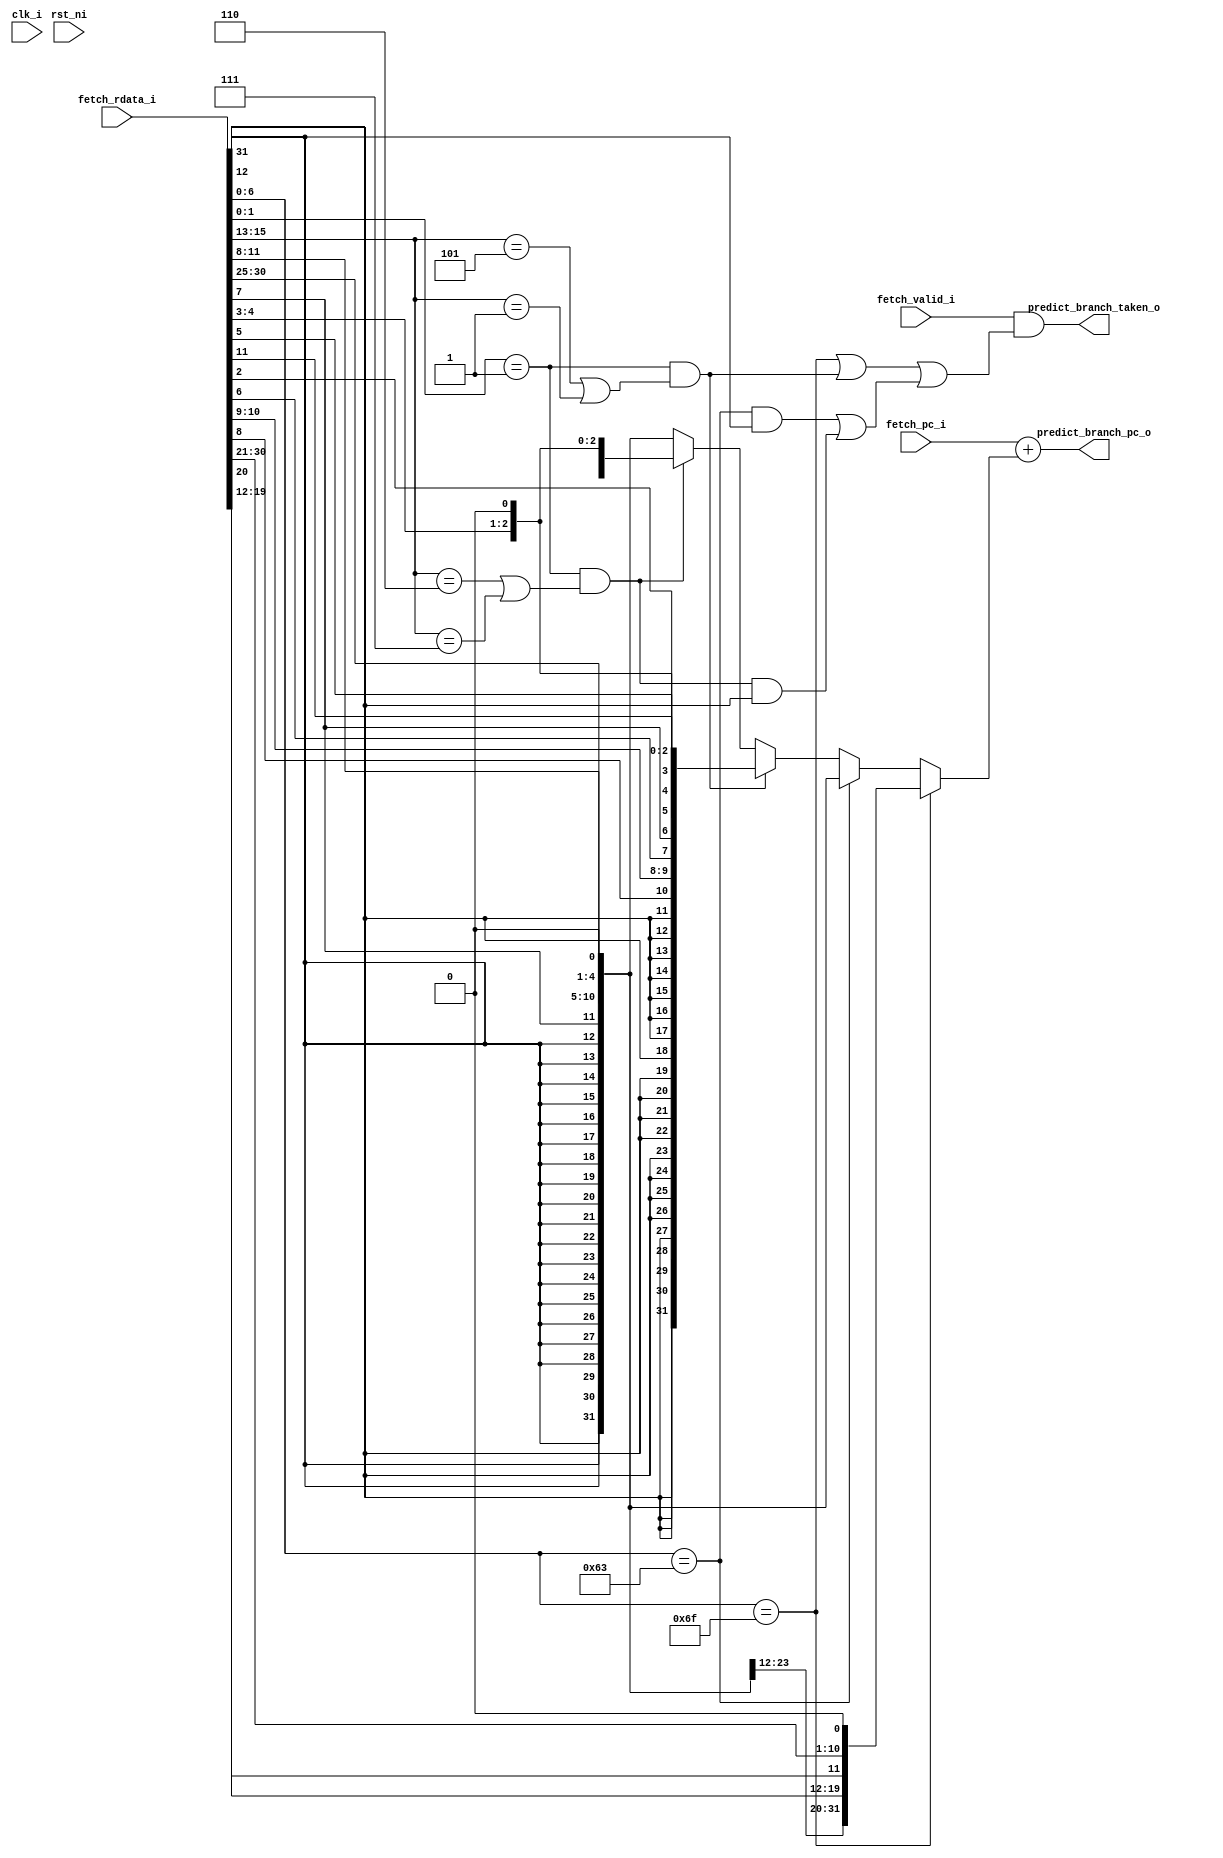
module ibex_branch_predict (
	clk_i,
	rst_ni,
	fetch_rdata_i,
	fetch_pc_i,
	fetch_valid_i,
	predict_branch_taken_o,
	predict_branch_pc_o
);
	input wire clk_i;
	input wire rst_ni;
	input wire [31:0] fetch_rdata_i;
	input wire [31:0] fetch_pc_i;
	input wire fetch_valid_i;
	output wire predict_branch_taken_o;
	output wire [31:0] predict_branch_pc_o;
	localparam integer RegFileFF = 0;
	localparam integer RegFileFPGA = 1;
	localparam integer RegFileLatch = 2;
	localparam integer RV32MNone = 0;
	localparam integer RV32MSlow = 1;
	localparam integer RV32MFast = 2;
	localparam integer RV32MSingleCycle = 3;
	localparam integer RV32BNone = 0;
	localparam integer RV32BBalanced = 1;
	localparam integer RV32BFull = 2;
	localparam [6:0] OPCODE_LOAD = 7'h03;
	localparam [6:0] OPCODE_MISC_MEM = 7'h0f;
	localparam [6:0] OPCODE_OP_IMM = 7'h13;
	localparam [6:0] OPCODE_AUIPC = 7'h17;
	localparam [6:0] OPCODE_STORE = 7'h23;
	localparam [6:0] OPCODE_OP = 7'h33;
	localparam [6:0] OPCODE_LUI = 7'h37;
	localparam [6:0] OPCODE_BRANCH = 7'h63;
	localparam [6:0] OPCODE_JALR = 7'h67;
	localparam [6:0] OPCODE_JAL = 7'h6f;
	localparam [6:0] OPCODE_SYSTEM = 7'h73;
	localparam [5:0] ALU_ADD = 0;
	localparam [5:0] ALU_SUB = 1;
	localparam [5:0] ALU_XOR = 2;
	localparam [5:0] ALU_OR = 3;
	localparam [5:0] ALU_AND = 4;
	localparam [5:0] ALU_XNOR = 5;
	localparam [5:0] ALU_ORN = 6;
	localparam [5:0] ALU_ANDN = 7;
	localparam [5:0] ALU_SRA = 8;
	localparam [5:0] ALU_SRL = 9;
	localparam [5:0] ALU_SLL = 10;
	localparam [5:0] ALU_SRO = 11;
	localparam [5:0] ALU_SLO = 12;
	localparam [5:0] ALU_ROR = 13;
	localparam [5:0] ALU_ROL = 14;
	localparam [5:0] ALU_GREV = 15;
	localparam [5:0] ALU_GORC = 16;
	localparam [5:0] ALU_SHFL = 17;
	localparam [5:0] ALU_UNSHFL = 18;
	localparam [5:0] ALU_LT = 19;
	localparam [5:0] ALU_LTU = 20;
	localparam [5:0] ALU_GE = 21;
	localparam [5:0] ALU_GEU = 22;
	localparam [5:0] ALU_EQ = 23;
	localparam [5:0] ALU_NE = 24;
	localparam [5:0] ALU_MIN = 25;
	localparam [5:0] ALU_MINU = 26;
	localparam [5:0] ALU_MAX = 27;
	localparam [5:0] ALU_MAXU = 28;
	localparam [5:0] ALU_PACK = 29;
	localparam [5:0] ALU_PACKU = 30;
	localparam [5:0] ALU_PACKH = 31;
	localparam [5:0] ALU_SEXTB = 32;
	localparam [5:0] ALU_SEXTH = 33;
	localparam [5:0] ALU_CLZ = 34;
	localparam [5:0] ALU_CTZ = 35;
	localparam [5:0] ALU_PCNT = 36;
	localparam [5:0] ALU_SLT = 37;
	localparam [5:0] ALU_SLTU = 38;
	localparam [5:0] ALU_CMOV = 39;
	localparam [5:0] ALU_CMIX = 40;
	localparam [5:0] ALU_FSL = 41;
	localparam [5:0] ALU_FSR = 42;
	localparam [5:0] ALU_SBSET = 43;
	localparam [5:0] ALU_SBCLR = 44;
	localparam [5:0] ALU_SBINV = 45;
	localparam [5:0] ALU_SBEXT = 46;
	localparam [5:0] ALU_BEXT = 47;
	localparam [5:0] ALU_BDEP = 48;
	localparam [5:0] ALU_BFP = 49;
	localparam [5:0] ALU_CLMUL = 50;
	localparam [5:0] ALU_CLMULR = 51;
	localparam [5:0] ALU_CLMULH = 52;
	localparam [5:0] ALU_CRC32_B = 53;
	localparam [5:0] ALU_CRC32C_B = 54;
	localparam [5:0] ALU_CRC32_H = 55;
	localparam [5:0] ALU_CRC32C_H = 56;
	localparam [5:0] ALU_CRC32_W = 57;
	localparam [5:0] ALU_CRC32C_W = 58;
	localparam [1:0] MD_OP_MULL = 0;
	localparam [1:0] MD_OP_MULH = 1;
	localparam [1:0] MD_OP_DIV = 2;
	localparam [1:0] MD_OP_REM = 3;
	localparam [1:0] CSR_OP_READ = 0;
	localparam [1:0] CSR_OP_WRITE = 1;
	localparam [1:0] CSR_OP_SET = 2;
	localparam [1:0] CSR_OP_CLEAR = 3;
	localparam [1:0] PRIV_LVL_M = 2'b11;
	localparam [1:0] PRIV_LVL_H = 2'b10;
	localparam [1:0] PRIV_LVL_S = 2'b01;
	localparam [1:0] PRIV_LVL_U = 2'b00;
	localparam [3:0] XDEBUGVER_NO = 4'd0;
	localparam [3:0] XDEBUGVER_STD = 4'd4;
	localparam [3:0] XDEBUGVER_NONSTD = 4'd15;
	localparam [1:0] WB_INSTR_LOAD = 0;
	localparam [1:0] WB_INSTR_STORE = 1;
	localparam [1:0] WB_INSTR_OTHER = 2;
	localparam [1:0] OP_A_REG_A = 0;
	localparam [1:0] OP_A_FWD = 1;
	localparam [1:0] OP_A_CURRPC = 2;
	localparam [1:0] OP_A_IMM = 3;
	localparam [0:0] IMM_A_Z = 0;
	localparam [0:0] IMM_A_ZERO = 1;
	localparam [0:0] OP_B_REG_B = 0;
	localparam [0:0] OP_B_IMM = 1;
	localparam [2:0] IMM_B_I = 0;
	localparam [2:0] IMM_B_S = 1;
	localparam [2:0] IMM_B_B = 2;
	localparam [2:0] IMM_B_U = 3;
	localparam [2:0] IMM_B_J = 4;
	localparam [2:0] IMM_B_INCR_PC = 5;
	localparam [2:0] IMM_B_INCR_ADDR = 6;
	localparam [0:0] RF_WD_EX = 0;
	localparam [0:0] RF_WD_CSR = 1;
	localparam [2:0] PC_BOOT = 0;
	localparam [2:0] PC_JUMP = 1;
	localparam [2:0] PC_EXC = 2;
	localparam [2:0] PC_ERET = 3;
	localparam [2:0] PC_DRET = 4;
	localparam [2:0] PC_BP = 5;
	localparam [1:0] EXC_PC_EXC = 0;
	localparam [1:0] EXC_PC_IRQ = 1;
	localparam [1:0] EXC_PC_DBD = 2;
	localparam [1:0] EXC_PC_DBG_EXC = 3;
	localparam [5:0] EXC_CAUSE_IRQ_SOFTWARE_M = {1'b1, 5'd3};
	localparam [5:0] EXC_CAUSE_IRQ_TIMER_M = {1'b1, 5'd7};
	localparam [5:0] EXC_CAUSE_IRQ_EXTERNAL_M = {1'b1, 5'd11};
	localparam [5:0] EXC_CAUSE_IRQ_NM = {1'b1, 5'd31};
	localparam [5:0] EXC_CAUSE_INSN_ADDR_MISA = {1'b0, 5'd0};
	localparam [5:0] EXC_CAUSE_INSTR_ACCESS_FAULT = {1'b0, 5'd1};
	localparam [5:0] EXC_CAUSE_ILLEGAL_INSN = {1'b0, 5'd2};
	localparam [5:0] EXC_CAUSE_BREAKPOINT = {1'b0, 5'd3};
	localparam [5:0] EXC_CAUSE_LOAD_ACCESS_FAULT = {1'b0, 5'd5};
	localparam [5:0] EXC_CAUSE_STORE_ACCESS_FAULT = {1'b0, 5'd7};
	localparam [5:0] EXC_CAUSE_ECALL_UMODE = {1'b0, 5'd8};
	localparam [5:0] EXC_CAUSE_ECALL_MMODE = {1'b0, 5'd11};
	localparam [2:0] DBG_CAUSE_NONE = 3'h0;
	localparam [2:0] DBG_CAUSE_EBREAK = 3'h1;
	localparam [2:0] DBG_CAUSE_TRIGGER = 3'h2;
	localparam [2:0] DBG_CAUSE_HALTREQ = 3'h3;
	localparam [2:0] DBG_CAUSE_STEP = 3'h4;
	localparam [31:0] PMP_MAX_REGIONS = 16;
	localparam [31:0] PMP_CFG_W = 8;
	localparam [31:0] PMP_I = 0;
	localparam [31:0] PMP_D = 1;
	localparam [1:0] PMP_ACC_EXEC = 2'b00;
	localparam [1:0] PMP_ACC_WRITE = 2'b01;
	localparam [1:0] PMP_ACC_READ = 2'b10;
	localparam [1:0] PMP_MODE_OFF = 2'b00;
	localparam [1:0] PMP_MODE_TOR = 2'b01;
	localparam [1:0] PMP_MODE_NA4 = 2'b10;
	localparam [1:0] PMP_MODE_NAPOT = 2'b11;
	localparam [11:0] CSR_MHARTID = 12'hf14;
	localparam [11:0] CSR_MSTATUS = 12'h300;
	localparam [11:0] CSR_MISA = 12'h301;
	localparam [11:0] CSR_MIE = 12'h304;
	localparam [11:0] CSR_MTVEC = 12'h305;
	localparam [11:0] CSR_MSCRATCH = 12'h340;
	localparam [11:0] CSR_MEPC = 12'h341;
	localparam [11:0] CSR_MCAUSE = 12'h342;
	localparam [11:0] CSR_MTVAL = 12'h343;
	localparam [11:0] CSR_MIP = 12'h344;
	localparam [11:0] CSR_PMPCFG0 = 12'h3a0;
	localparam [11:0] CSR_PMPCFG1 = 12'h3a1;
	localparam [11:0] CSR_PMPCFG2 = 12'h3a2;
	localparam [11:0] CSR_PMPCFG3 = 12'h3a3;
	localparam [11:0] CSR_PMPADDR0 = 12'h3b0;
	localparam [11:0] CSR_PMPADDR1 = 12'h3b1;
	localparam [11:0] CSR_PMPADDR2 = 12'h3b2;
	localparam [11:0] CSR_PMPADDR3 = 12'h3b3;
	localparam [11:0] CSR_PMPADDR4 = 12'h3b4;
	localparam [11:0] CSR_PMPADDR5 = 12'h3b5;
	localparam [11:0] CSR_PMPADDR6 = 12'h3b6;
	localparam [11:0] CSR_PMPADDR7 = 12'h3b7;
	localparam [11:0] CSR_PMPADDR8 = 12'h3b8;
	localparam [11:0] CSR_PMPADDR9 = 12'h3b9;
	localparam [11:0] CSR_PMPADDR10 = 12'h3ba;
	localparam [11:0] CSR_PMPADDR11 = 12'h3bb;
	localparam [11:0] CSR_PMPADDR12 = 12'h3bc;
	localparam [11:0] CSR_PMPADDR13 = 12'h3bd;
	localparam [11:0] CSR_PMPADDR14 = 12'h3be;
	localparam [11:0] CSR_PMPADDR15 = 12'h3bf;
	localparam [11:0] CSR_TSELECT = 12'h7a0;
	localparam [11:0] CSR_TDATA1 = 12'h7a1;
	localparam [11:0] CSR_TDATA2 = 12'h7a2;
	localparam [11:0] CSR_TDATA3 = 12'h7a3;
	localparam [11:0] CSR_MCONTEXT = 12'h7a8;
	localparam [11:0] CSR_SCONTEXT = 12'h7aa;
	localparam [11:0] CSR_DCSR = 12'h7b0;
	localparam [11:0] CSR_DPC = 12'h7b1;
	localparam [11:0] CSR_DSCRATCH0 = 12'h7b2;
	localparam [11:0] CSR_DSCRATCH1 = 12'h7b3;
	localparam [11:0] CSR_MCOUNTINHIBIT = 12'h320;
	localparam [11:0] CSR_MHPMEVENT3 = 12'h323;
	localparam [11:0] CSR_MHPMEVENT4 = 12'h324;
	localparam [11:0] CSR_MHPMEVENT5 = 12'h325;
	localparam [11:0] CSR_MHPMEVENT6 = 12'h326;
	localparam [11:0] CSR_MHPMEVENT7 = 12'h327;
	localparam [11:0] CSR_MHPMEVENT8 = 12'h328;
	localparam [11:0] CSR_MHPMEVENT9 = 12'h329;
	localparam [11:0] CSR_MHPMEVENT10 = 12'h32a;
	localparam [11:0] CSR_MHPMEVENT11 = 12'h32b;
	localparam [11:0] CSR_MHPMEVENT12 = 12'h32c;
	localparam [11:0] CSR_MHPMEVENT13 = 12'h32d;
	localparam [11:0] CSR_MHPMEVENT14 = 12'h32e;
	localparam [11:0] CSR_MHPMEVENT15 = 12'h32f;
	localparam [11:0] CSR_MHPMEVENT16 = 12'h330;
	localparam [11:0] CSR_MHPMEVENT17 = 12'h331;
	localparam [11:0] CSR_MHPMEVENT18 = 12'h332;
	localparam [11:0] CSR_MHPMEVENT19 = 12'h333;
	localparam [11:0] CSR_MHPMEVENT20 = 12'h334;
	localparam [11:0] CSR_MHPMEVENT21 = 12'h335;
	localparam [11:0] CSR_MHPMEVENT22 = 12'h336;
	localparam [11:0] CSR_MHPMEVENT23 = 12'h337;
	localparam [11:0] CSR_MHPMEVENT24 = 12'h338;
	localparam [11:0] CSR_MHPMEVENT25 = 12'h339;
	localparam [11:0] CSR_MHPMEVENT26 = 12'h33a;
	localparam [11:0] CSR_MHPMEVENT27 = 12'h33b;
	localparam [11:0] CSR_MHPMEVENT28 = 12'h33c;
	localparam [11:0] CSR_MHPMEVENT29 = 12'h33d;
	localparam [11:0] CSR_MHPMEVENT30 = 12'h33e;
	localparam [11:0] CSR_MHPMEVENT31 = 12'h33f;
	localparam [11:0] CSR_MCYCLE = 12'hb00;
	localparam [11:0] CSR_MINSTRET = 12'hb02;
	localparam [11:0] CSR_MHPMCOUNTER3 = 12'hb03;
	localparam [11:0] CSR_MHPMCOUNTER4 = 12'hb04;
	localparam [11:0] CSR_MHPMCOUNTER5 = 12'hb05;
	localparam [11:0] CSR_MHPMCOUNTER6 = 12'hb06;
	localparam [11:0] CSR_MHPMCOUNTER7 = 12'hb07;
	localparam [11:0] CSR_MHPMCOUNTER8 = 12'hb08;
	localparam [11:0] CSR_MHPMCOUNTER9 = 12'hb09;
	localparam [11:0] CSR_MHPMCOUNTER10 = 12'hb0a;
	localparam [11:0] CSR_MHPMCOUNTER11 = 12'hb0b;
	localparam [11:0] CSR_MHPMCOUNTER12 = 12'hb0c;
	localparam [11:0] CSR_MHPMCOUNTER13 = 12'hb0d;
	localparam [11:0] CSR_MHPMCOUNTER14 = 12'hb0e;
	localparam [11:0] CSR_MHPMCOUNTER15 = 12'hb0f;
	localparam [11:0] CSR_MHPMCOUNTER16 = 12'hb10;
	localparam [11:0] CSR_MHPMCOUNTER17 = 12'hb11;
	localparam [11:0] CSR_MHPMCOUNTER18 = 12'hb12;
	localparam [11:0] CSR_MHPMCOUNTER19 = 12'hb13;
	localparam [11:0] CSR_MHPMCOUNTER20 = 12'hb14;
	localparam [11:0] CSR_MHPMCOUNTER21 = 12'hb15;
	localparam [11:0] CSR_MHPMCOUNTER22 = 12'hb16;
	localparam [11:0] CSR_MHPMCOUNTER23 = 12'hb17;
	localparam [11:0] CSR_MHPMCOUNTER24 = 12'hb18;
	localparam [11:0] CSR_MHPMCOUNTER25 = 12'hb19;
	localparam [11:0] CSR_MHPMCOUNTER26 = 12'hb1a;
	localparam [11:0] CSR_MHPMCOUNTER27 = 12'hb1b;
	localparam [11:0] CSR_MHPMCOUNTER28 = 12'hb1c;
	localparam [11:0] CSR_MHPMCOUNTER29 = 12'hb1d;
	localparam [11:0] CSR_MHPMCOUNTER30 = 12'hb1e;
	localparam [11:0] CSR_MHPMCOUNTER31 = 12'hb1f;
	localparam [11:0] CSR_MCYCLEH = 12'hb80;
	localparam [11:0] CSR_MINSTRETH = 12'hb82;
	localparam [11:0] CSR_MHPMCOUNTER3H = 12'hb83;
	localparam [11:0] CSR_MHPMCOUNTER4H = 12'hb84;
	localparam [11:0] CSR_MHPMCOUNTER5H = 12'hb85;
	localparam [11:0] CSR_MHPMCOUNTER6H = 12'hb86;
	localparam [11:0] CSR_MHPMCOUNTER7H = 12'hb87;
	localparam [11:0] CSR_MHPMCOUNTER8H = 12'hb88;
	localparam [11:0] CSR_MHPMCOUNTER9H = 12'hb89;
	localparam [11:0] CSR_MHPMCOUNTER10H = 12'hb8a;
	localparam [11:0] CSR_MHPMCOUNTER11H = 12'hb8b;
	localparam [11:0] CSR_MHPMCOUNTER12H = 12'hb8c;
	localparam [11:0] CSR_MHPMCOUNTER13H = 12'hb8d;
	localparam [11:0] CSR_MHPMCOUNTER14H = 12'hb8e;
	localparam [11:0] CSR_MHPMCOUNTER15H = 12'hb8f;
	localparam [11:0] CSR_MHPMCOUNTER16H = 12'hb90;
	localparam [11:0] CSR_MHPMCOUNTER17H = 12'hb91;
	localparam [11:0] CSR_MHPMCOUNTER18H = 12'hb92;
	localparam [11:0] CSR_MHPMCOUNTER19H = 12'hb93;
	localparam [11:0] CSR_MHPMCOUNTER20H = 12'hb94;
	localparam [11:0] CSR_MHPMCOUNTER21H = 12'hb95;
	localparam [11:0] CSR_MHPMCOUNTER22H = 12'hb96;
	localparam [11:0] CSR_MHPMCOUNTER23H = 12'hb97;
	localparam [11:0] CSR_MHPMCOUNTER24H = 12'hb98;
	localparam [11:0] CSR_MHPMCOUNTER25H = 12'hb99;
	localparam [11:0] CSR_MHPMCOUNTER26H = 12'hb9a;
	localparam [11:0] CSR_MHPMCOUNTER27H = 12'hb9b;
	localparam [11:0] CSR_MHPMCOUNTER28H = 12'hb9c;
	localparam [11:0] CSR_MHPMCOUNTER29H = 12'hb9d;
	localparam [11:0] CSR_MHPMCOUNTER30H = 12'hb9e;
	localparam [11:0] CSR_MHPMCOUNTER31H = 12'hb9f;
	localparam [11:0] CSR_CPUCTRL = 12'h7c0;
	localparam [11:0] CSR_SECURESEED = 12'h7c1;
	localparam [11:0] CSR_OFF_PMP_CFG = 12'h3a0;
	localparam [11:0] CSR_OFF_PMP_ADDR = 12'h3b0;
	localparam [31:0] CSR_MSTATUS_MIE_BIT = 3;
	localparam [31:0] CSR_MSTATUS_MPIE_BIT = 7;
	localparam [31:0] CSR_MSTATUS_MPP_BIT_LOW = 11;
	localparam [31:0] CSR_MSTATUS_MPP_BIT_HIGH = 12;
	localparam [31:0] CSR_MSTATUS_MPRV_BIT = 17;
	localparam [31:0] CSR_MSTATUS_TW_BIT = 21;
	localparam [1:0] CSR_MISA_MXL = 2'd1;
	localparam [31:0] CSR_MSIX_BIT = 3;
	localparam [31:0] CSR_MTIX_BIT = 7;
	localparam [31:0] CSR_MEIX_BIT = 11;
	localparam [31:0] CSR_MFIX_BIT_LOW = 16;
	localparam [31:0] CSR_MFIX_BIT_HIGH = 30;
	wire [31:0] imm_j_type;
	wire [31:0] imm_b_type;
	wire [31:0] imm_cj_type;
	wire [31:0] imm_cb_type;
	reg [31:0] branch_imm;
	wire [31:0] instr;
	wire instr_j;
	wire instr_b;
	wire instr_cj;
	wire instr_cb;
	wire instr_b_taken;
	assign instr = fetch_rdata_i;
	assign imm_j_type = {{12 {instr[31]}}, instr[19:12], instr[20], instr[30:21], 1'b0};
	assign imm_b_type = {{19 {instr[31]}}, instr[31], instr[7], instr[30:25], instr[11:8], 1'b0};
	assign imm_cj_type = {{20 {instr[12]}}, instr[12], instr[8], instr[10:9], instr[6], instr[7], instr[2], instr[11], instr[5:3], 1'b0};
	assign imm_cb_type = {{23 {instr[12]}}, instr[12], instr[6:5], instr[2], instr[11:10], instr[4:3], 1'b0};
	function automatic [6:0] sv2v_cast_7;
		input reg [6:0] inp;
		sv2v_cast_7 = inp;
	endfunction
	assign instr_b = sv2v_cast_7(instr[6:0]) == OPCODE_BRANCH;
	assign instr_j = sv2v_cast_7(instr[6:0]) == OPCODE_JAL;
	assign instr_cb = (instr[1:0] == 2'b01) & ((instr[15:13] == 3'b110) | (instr[15:13] == 3'b111));
	assign instr_cj = (instr[1:0] == 2'b01) & ((instr[15:13] == 3'b101) | (instr[15:13] == 3'b001));
	always @(*) begin
		branch_imm = imm_b_type;
		case (1'b1)
			instr_j: branch_imm = imm_j_type;
			instr_b: branch_imm = imm_b_type;
			instr_cj: branch_imm = imm_cj_type;
			instr_cb: branch_imm = imm_cb_type;
			default:
				;
		endcase
	end
	assign instr_b_taken = (instr_b & imm_b_type[31]) | (instr_cb & imm_cb_type[31]);
	assign predict_branch_taken_o = fetch_valid_i & ((instr_j | instr_cj) | instr_b_taken);
	assign predict_branch_pc_o = fetch_pc_i + branch_imm;
endmodule